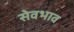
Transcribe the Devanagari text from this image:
सेवभाव